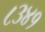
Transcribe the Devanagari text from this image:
८३४१